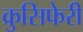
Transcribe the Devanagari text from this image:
क्रुसिफेरी